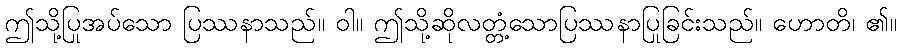
ဤသို့ပြုအပ်သော ပြဿနာသည်။ ဝါ။ ဤသို့ဆိုလတ္တံ့သောပြဿနာပြုခြင်းသည်။ ဟောတိ၊ ၏။